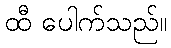
ထီ ပေါက်သည်။